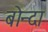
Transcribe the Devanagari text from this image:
बोन्‍दा